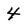
Character: 4